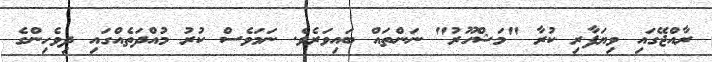
ރާއްޖޭގައި ވިޔަފާރި ކުރާ "މަޝްހޫރު" ނަންތައް ބައިވަރެވެ. ނަމަވެސް ކުރު މުއްދަތެއްގައި ދިވެހިންގެ